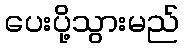
ပေးပို့သွားမည်